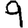
Digit: 9